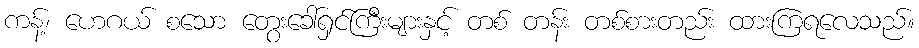
ကန့်၊ ဟေဂယ် စသော တွေးခေါ်ရှင်ကြီးများနှင့် တစ် တန်း တစ်စားတည်း ထားကြရလေသည်။